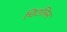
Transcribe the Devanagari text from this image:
चिटलिन